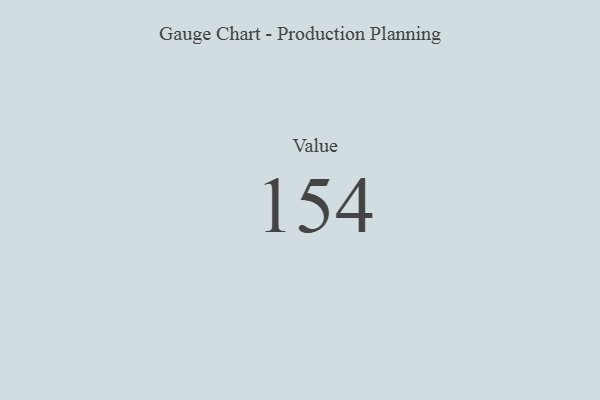
{"axis": {"x": "Metric", "y": "Value"}, "legend": [""], "data": [{"x": "Value", "y": 154, "type": ""}]}